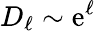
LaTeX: D_{\ell}\sim\mathrm{e}^{\ell}